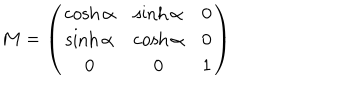
LaTeX: M = \left( \begin{array} { c c c } { { \cosh \alpha } } & { { \sinh \alpha } } & { { 0 } } \\ { { \sinh \alpha } } & { { \cosh \alpha } } & { { 0 } } \\ { { 0 } } & { { 0 } } & { { 1 } } \\ \end{array} \right)